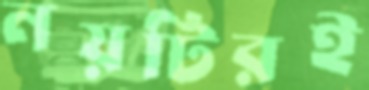
নয়টিরই